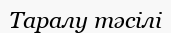
Таралу тәсілі